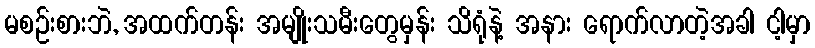
မစဉ်းစားဘဲ, အထက်တန်း အမျိုးသမီးတွေမှန်း သိရုံနဲ့ အနား ရောက်လာတဲ့အခါ ငါ့မှာ